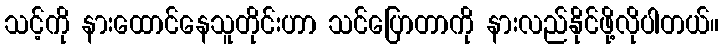
သင့်ကို နားထောင်နေသူတိုင်းဟာ သင်ပြောတာကို နားလည်နိုင်ဖို့လိုပါတယ်။